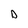
Character: D